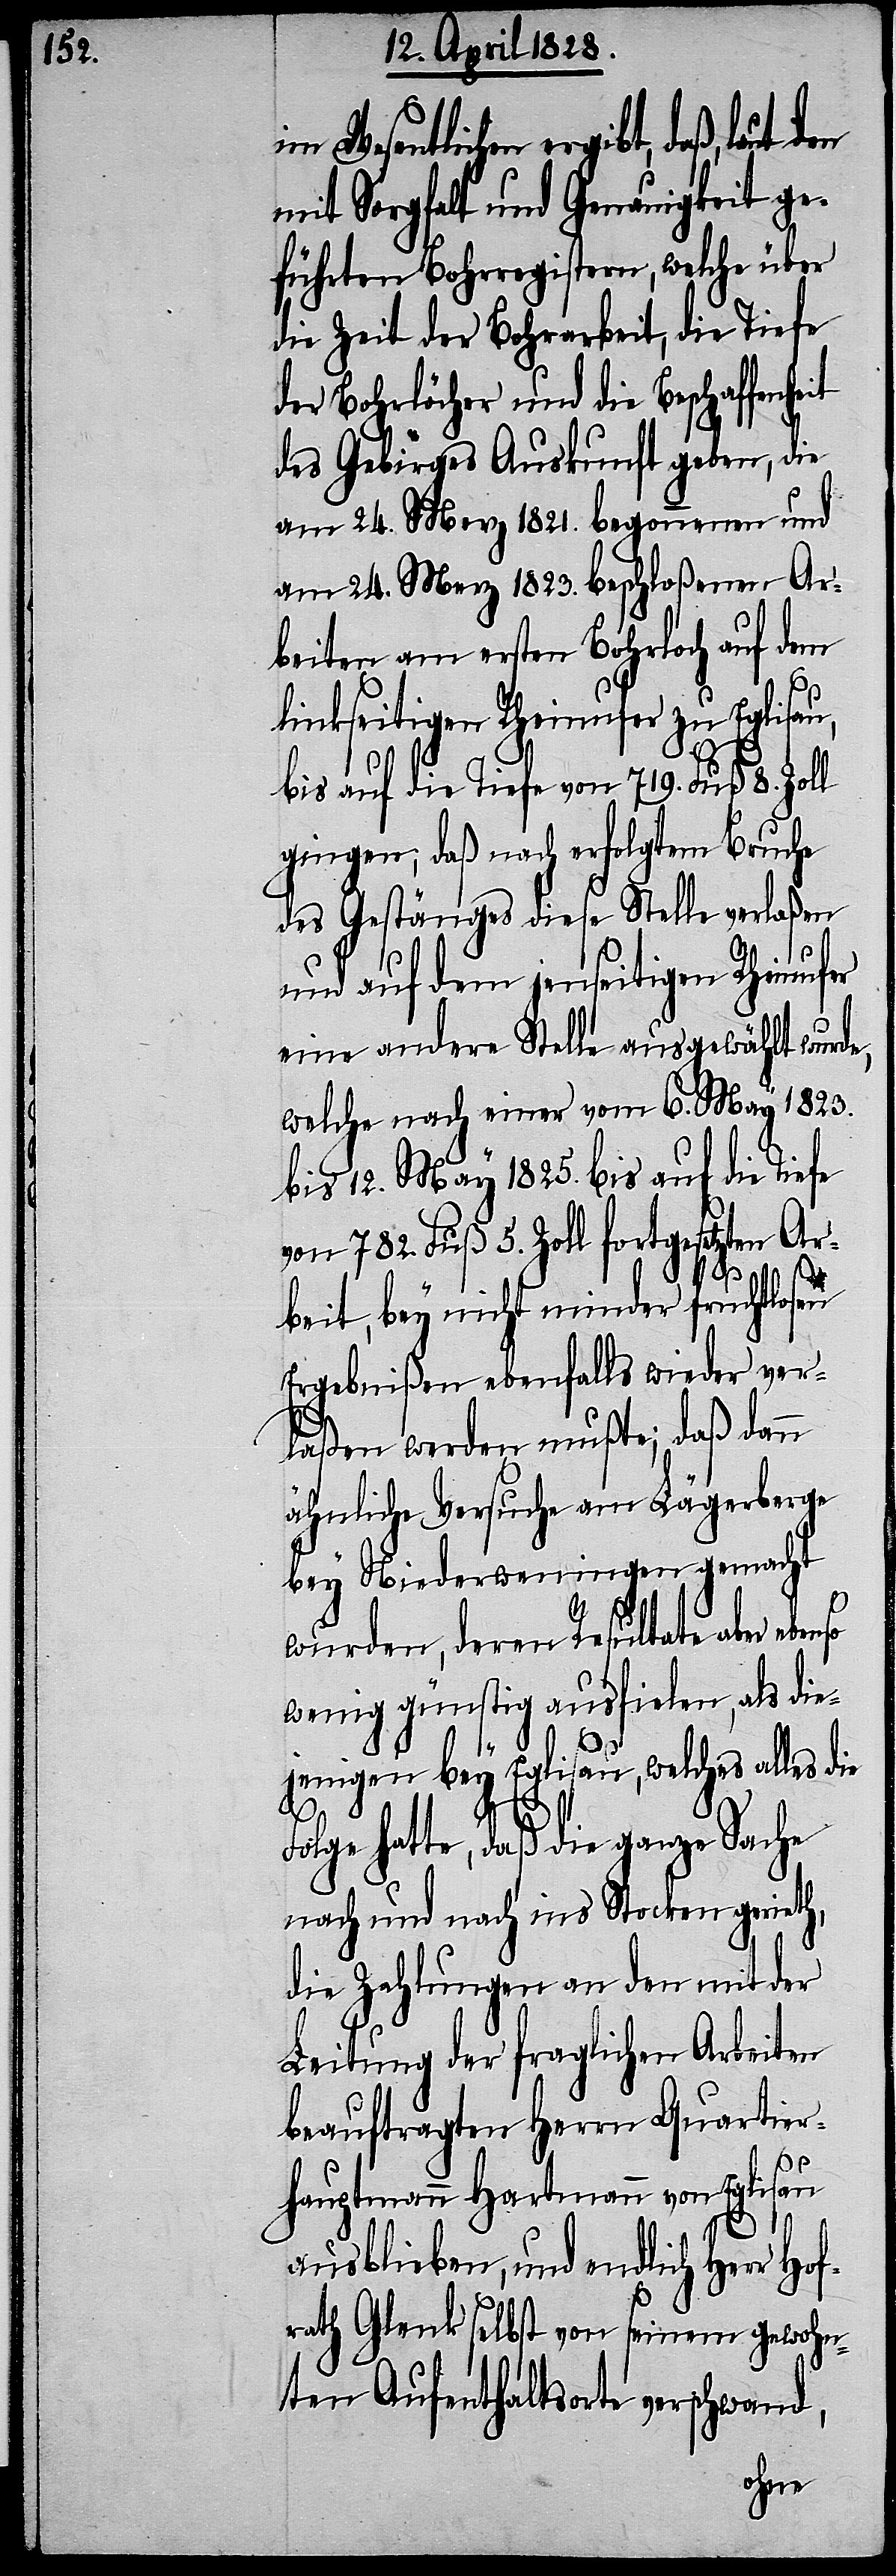
im Wesentlichen ergibt, daß,
mit Sorgfalt und Genauigkeit ge¬
führten Bohrregistern, welche über
die Zeit der Bohrarbeit, die Tiefe
der Bohrlöcher und die Beschaffenhe¬
des Gebirges Auskunft geben, die
am 24. Merz 1821. begonnenen und
am 24. Merz 1823. beschloßenen Ar¬
beiten am ersten Bohrloch auf dem
linkseitigen Rheinufer zu Eglisau,
bis auf die Tiefe von 719. Fuß 8. Zoll
gingen, daß nach erfolgtem Bruche
des Gestänges diese Stelle verlaßen
und auf dem jenseitigen Rheinufer
eine andere Stelle ausgewählt wurde,
welche nach einer vom 6. May 1823.
bis 12. May 1825. bis auf die Tiefe
von 782. Fuß 5. Zoll fortgesetzten Ar¬
it
beit, bey nicht minder fruchtlosen
Ergebnißen ebenfalls wieder ver¬
laßen werden mußte; daß dann
ähnliche Versuche am Lägerberge
bey Niederweningen gemacht
wurden, deren Resultate aber
wenig günstig ausfielen, als die¬
jenigen bey Eglisau, welches alles die
Folge hatte, daß die ganze Sache
nach und nach ins Stocken gerieth,
die Zahlungen an den mit der
Leitung der fraglichen Arbeiten
beauftragten Herrn Quartier¬
hauptmann Hartmann von Eglisau
ausblieben, und endlich Herr Ho¬
frath Glenk selbst von seinem gewohn¬
ten Aufenthaltsorte verschwand,